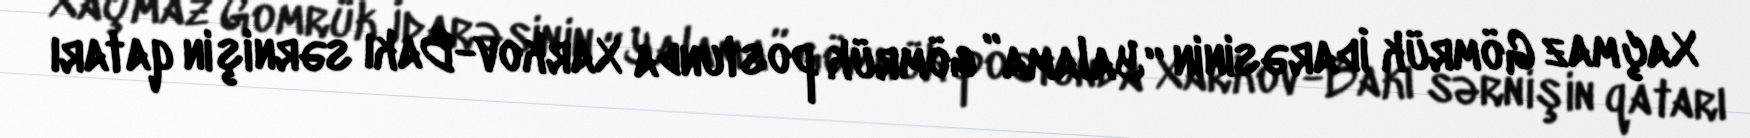
Xaçmaz Gömrük İdarəsinin “Yalama” gömrük postunda Xarkov-Bakı sərnişin qatarı